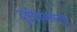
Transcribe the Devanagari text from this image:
दृष्टीकोनातुन